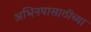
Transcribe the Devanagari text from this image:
अभिनयासाठीच्या